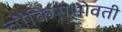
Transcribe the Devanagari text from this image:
चौकिसभोवती